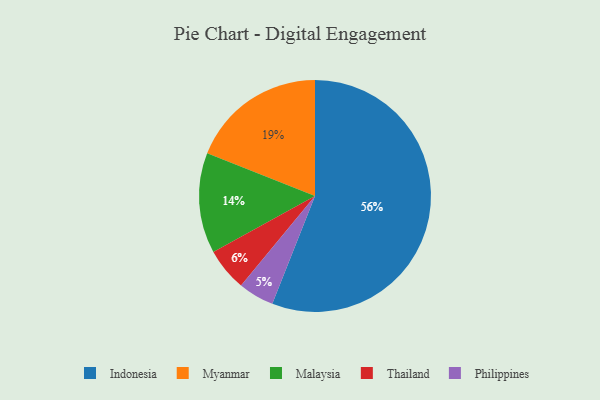
{"axis": {"x": "Category", "y": "Percentage"}, "legend": ["Indonesia", "Malaysia", "Myanmar", "Philippines", "Thailand"], "data": [{"x": "Philippines", "y": 5, "type": "Philippines"}, {"x": "Malaysia", "y": 14, "type": "Malaysia"}, {"x": "Indonesia", "y": 56, "type": "Indonesia"}, {"x": "Thailand", "y": 6, "type": "Thailand"}, {"x": "Myanmar", "y": 19, "type": "Myanmar"}]}